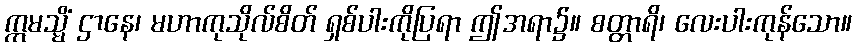
ဣမသ္မိံ ဌာနေ၊ မဟာကုသိုလ်စိတ် ရှစ်ပါးကိုပြရာ ဤအရာ၌။ စတ္တာရိ၊ လေးပါးကုန်သော။